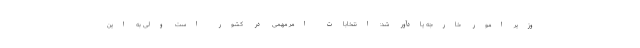
وزیر امور خارجه یادآور شد: انتخابات امر مهمی در کشور است ولی به این